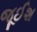
જૂઈશ